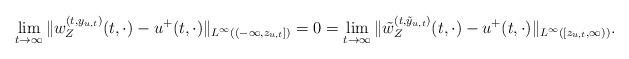
\begin{align*}\lim_{t\to\infty} \|w_{Z}^{(t,y_{u,t})}(t,\cdot)-u^+(t,\cdot)\|_{L^\infty((-\infty,z_{u,t}])} = 0 = \lim_{t\to\infty} \|\tilde w_{Z}^{(t,\tilde y_{u,t})}(t,\cdot)-u^+(t,\cdot)\|_{L^\infty([z_{u,t},\infty))}.\end{align*}